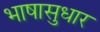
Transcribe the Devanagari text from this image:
भाषासुधार